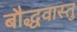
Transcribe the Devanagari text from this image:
बौद्धवास्तु